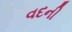
વદની